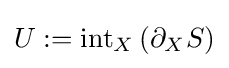
U:=\operatorname {int} _{X}\left(\partial _{X}S\right)